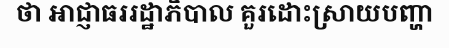
ថា អាជ្ញាធររដ្ឋាភិបាល គួរដោះស្រាយបញ្ហា